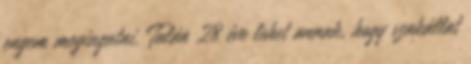
engem megingatni. Talán 28 éve lehet annak, hogy szakállat